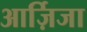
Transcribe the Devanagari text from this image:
आर्ज़िजा